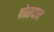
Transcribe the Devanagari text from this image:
पोत्सदाम